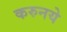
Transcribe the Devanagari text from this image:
करुनये